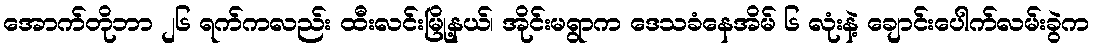
အောက်တိုဘာ ၂၆ ရက်ကလည်း ထီးလင်းမြို့နယ်၊ အိုင်းမရွာက ဒေသခံနေအိမ် ၆ လုံးနဲ့ ချောင်းပေါက်လမ်းခွဲက